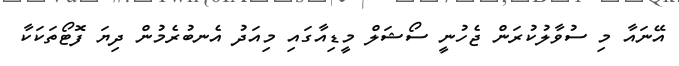
އޭނައާ މި ސުވާލުކުރަން ޖެހުނީ ސޯޝަލް މީޑިއާގައި މިއަދު އެނބުރެމުން ދިޔަ ފޮޓޯތަކަކާ